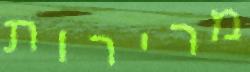
מרירות